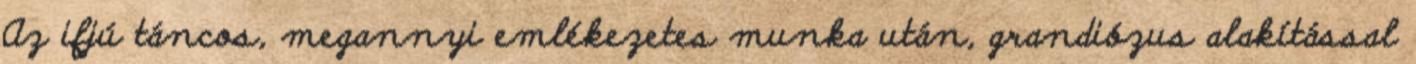
Az ifjú táncos, megannyi emlékezetes munka után, grandiózus alakítással